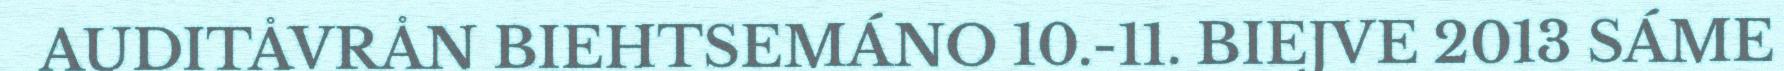
AUDITÅVRÅN BIEHTSEMÁNO 10.-11. BIEJVE 2013 SÁME